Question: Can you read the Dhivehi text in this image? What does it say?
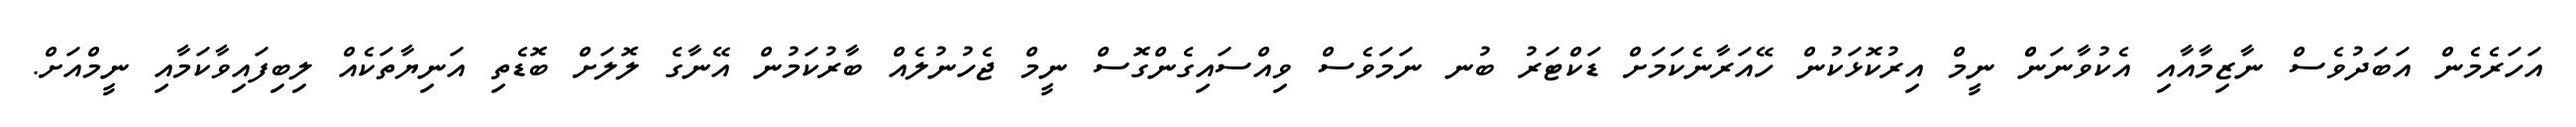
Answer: އަހަރެމެން އަބަދުވެސް ނާޒިމާއާއި އެކުވާނަންް ނީމް އިރުކޮޅަކުން ހޭއަރާނެކަމަށް ޑަކްޓަރު ބުނ ނަމަވެސް ވިއްސައިގެންގޮސް ނީމް ޖެހުނުލެއް ބާރުކަމުން އޭނާގެ ލޮލަށް ބޮޑެތި އަނިޔާތަކެއް ލިބިފައިވާކަމާއި ނީމްއަށް.